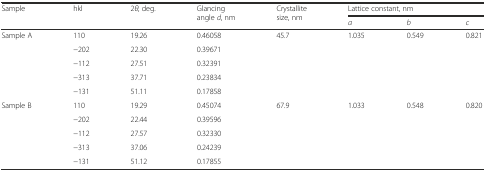
<table><thead><tr><td rowspan="2"><b>Sample</b></td><td rowspan="2"><b>hkl</b></td><td rowspan="2"><b>2<i>θ</i>, deg.</b></td><td rowspan="2"><b>Glancing angle <i>d</i>, nm</b></td><td rowspan="2"><b>Crystallite size, nm</b></td><td colspan="3"><b>Lattice constant, nm</b></td></tr><tr><td><b><i>a</i></b></td><td><b><i>b</i></b></td><td><b><i>c</i></b></td></tr></thead><tbody><tr><td rowspan="5">Sample A</td><td>110</td><td>19.26</td><td>0.46058</td><td rowspan="5">45.7</td><td rowspan="5">1.035</td><td rowspan="5">0.549</td><td rowspan="5">0.821</td></tr><tr><td>−202</td><td>22.30</td><td>0.39671</td></tr><tr><td>−112</td><td>27.51</td><td>0.32391</td></tr><tr><td>−313</td><td>37.71</td><td>0.23834</td></tr><tr><td>−131</td><td>51.11</td><td>0.17858</td></tr><tr><td rowspan="5">Sample B</td><td>110</td><td>19.29</td><td>0.45074</td><td rowspan="5">67.9</td><td rowspan="5">1.033</td><td rowspan="5">0.548</td><td rowspan="5">0.820</td></tr><tr><td>−202</td><td>22.44</td><td>0.39596</td></tr><tr><td>−112</td><td>27.57</td><td>0.32330</td></tr><tr><td>−313</td><td>37.06</td><td>0.24239</td></tr><tr><td>−131</td><td>51.12</td><td>0.17855</td></tr></tbody></table>